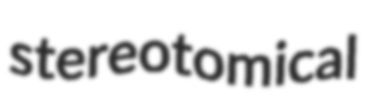
stereotomical